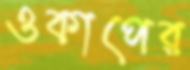
ওকাপের